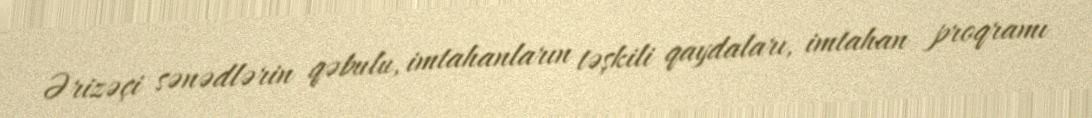
Ərizəçi sənədlərin qəbulu, imtahanların təşkili qaydaları, imtahan proqramı